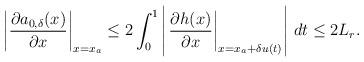
LaTeX: \begin{align*}\left|\dfrac{\partial a_{0,\delta}(x)}{\partial x}\right|_{x = x_a}\le 2 \int_0^1 \left|\left.\dfrac{\partial h(x)}{\partial x} \right|_{x = x_a+\delta u(t)} \right|\, dt \le 2 L_r. \end{align*}